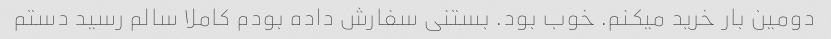
دومین بار خرید میکنم. خوب بود. بستنی سفارش داده بودم کاملا سالم رسید دستم